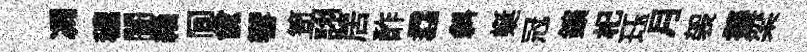
凋穠闠緇间俞響笥詡居酢。斜蜒冠鑛𣏌珏月袈擬梁